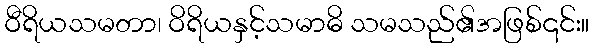
ဝီရိယသမတာ၊ ဝိရိယနှင့်သမာဓိ သမသည်၏အဖြစ်၎င်း။